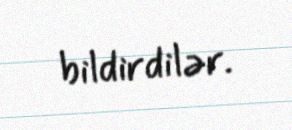
bildirdilər.